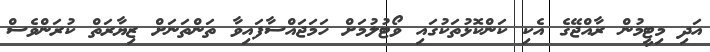
އަދި މިޓީމުން ރާއްޖޭގެ އެކި ކަންކޮޅުތަކުގައި ވޯޓުލުމަށް ހަމަޖައްސާފައިވާ ތަންތަނަށް ޒިޔާރަތް ކުރަންވެސް